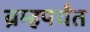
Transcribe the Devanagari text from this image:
ब्रम्हपर्यंत